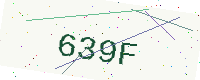
Text: 639F